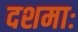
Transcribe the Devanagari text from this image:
दशमाः